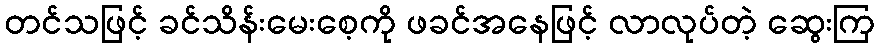
တင်သဖြင့် ခင်သိန်းမေးစေ့ကို ဖခင်အနေဖြင့် လာလုပ်တဲ့ ဆွေးကြ